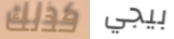
كذلك بيجي